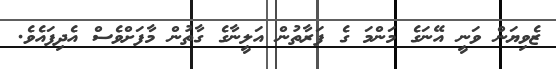
ޒެވިޔަން ވަނީ އޭނަގެ މަންމަ ގެ ފަރާތުން އަލީނާގެ ގާތުން މާފަށްވެސް އެދިފައެވެ.